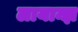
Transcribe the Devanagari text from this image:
लायान्झ